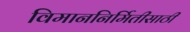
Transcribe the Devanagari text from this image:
विमाननिर्मितीसाठी